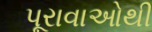
પૂરાવાઓથી